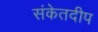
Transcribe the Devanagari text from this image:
संकेतदीप